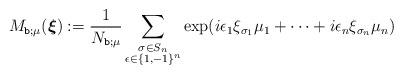
LaTeX: \begin{align*}M_{\texttt{b};\mu} (\boldsymbol{\xi}) := \frac{1}{N_{\texttt{b}; \mu}} \sum_ {\substack{\sigma\in S_{n} \\ \epsilon\in \{ 1,-1\}^n}} \exp (i \epsilon_1 \xi_{\sigma_1}\mu_1+\cdots +i \epsilon_n \xi_{\sigma_{n}} \mu_{n}) \end{align*}